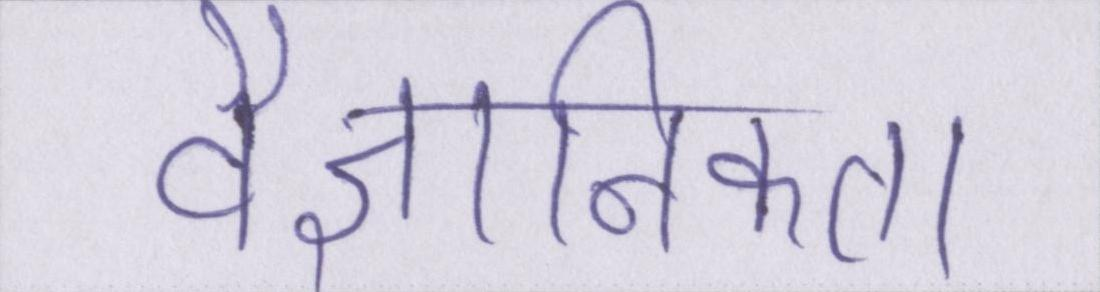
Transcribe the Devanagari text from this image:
वैज्ञानिकता